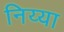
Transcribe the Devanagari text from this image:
निय्या